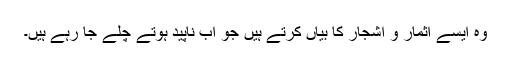
وہ ایسے اثمار و اشجار کا بیاں کرتے ہیں جو اب ناپید ہوتے چلے جا رہے ہیں۔